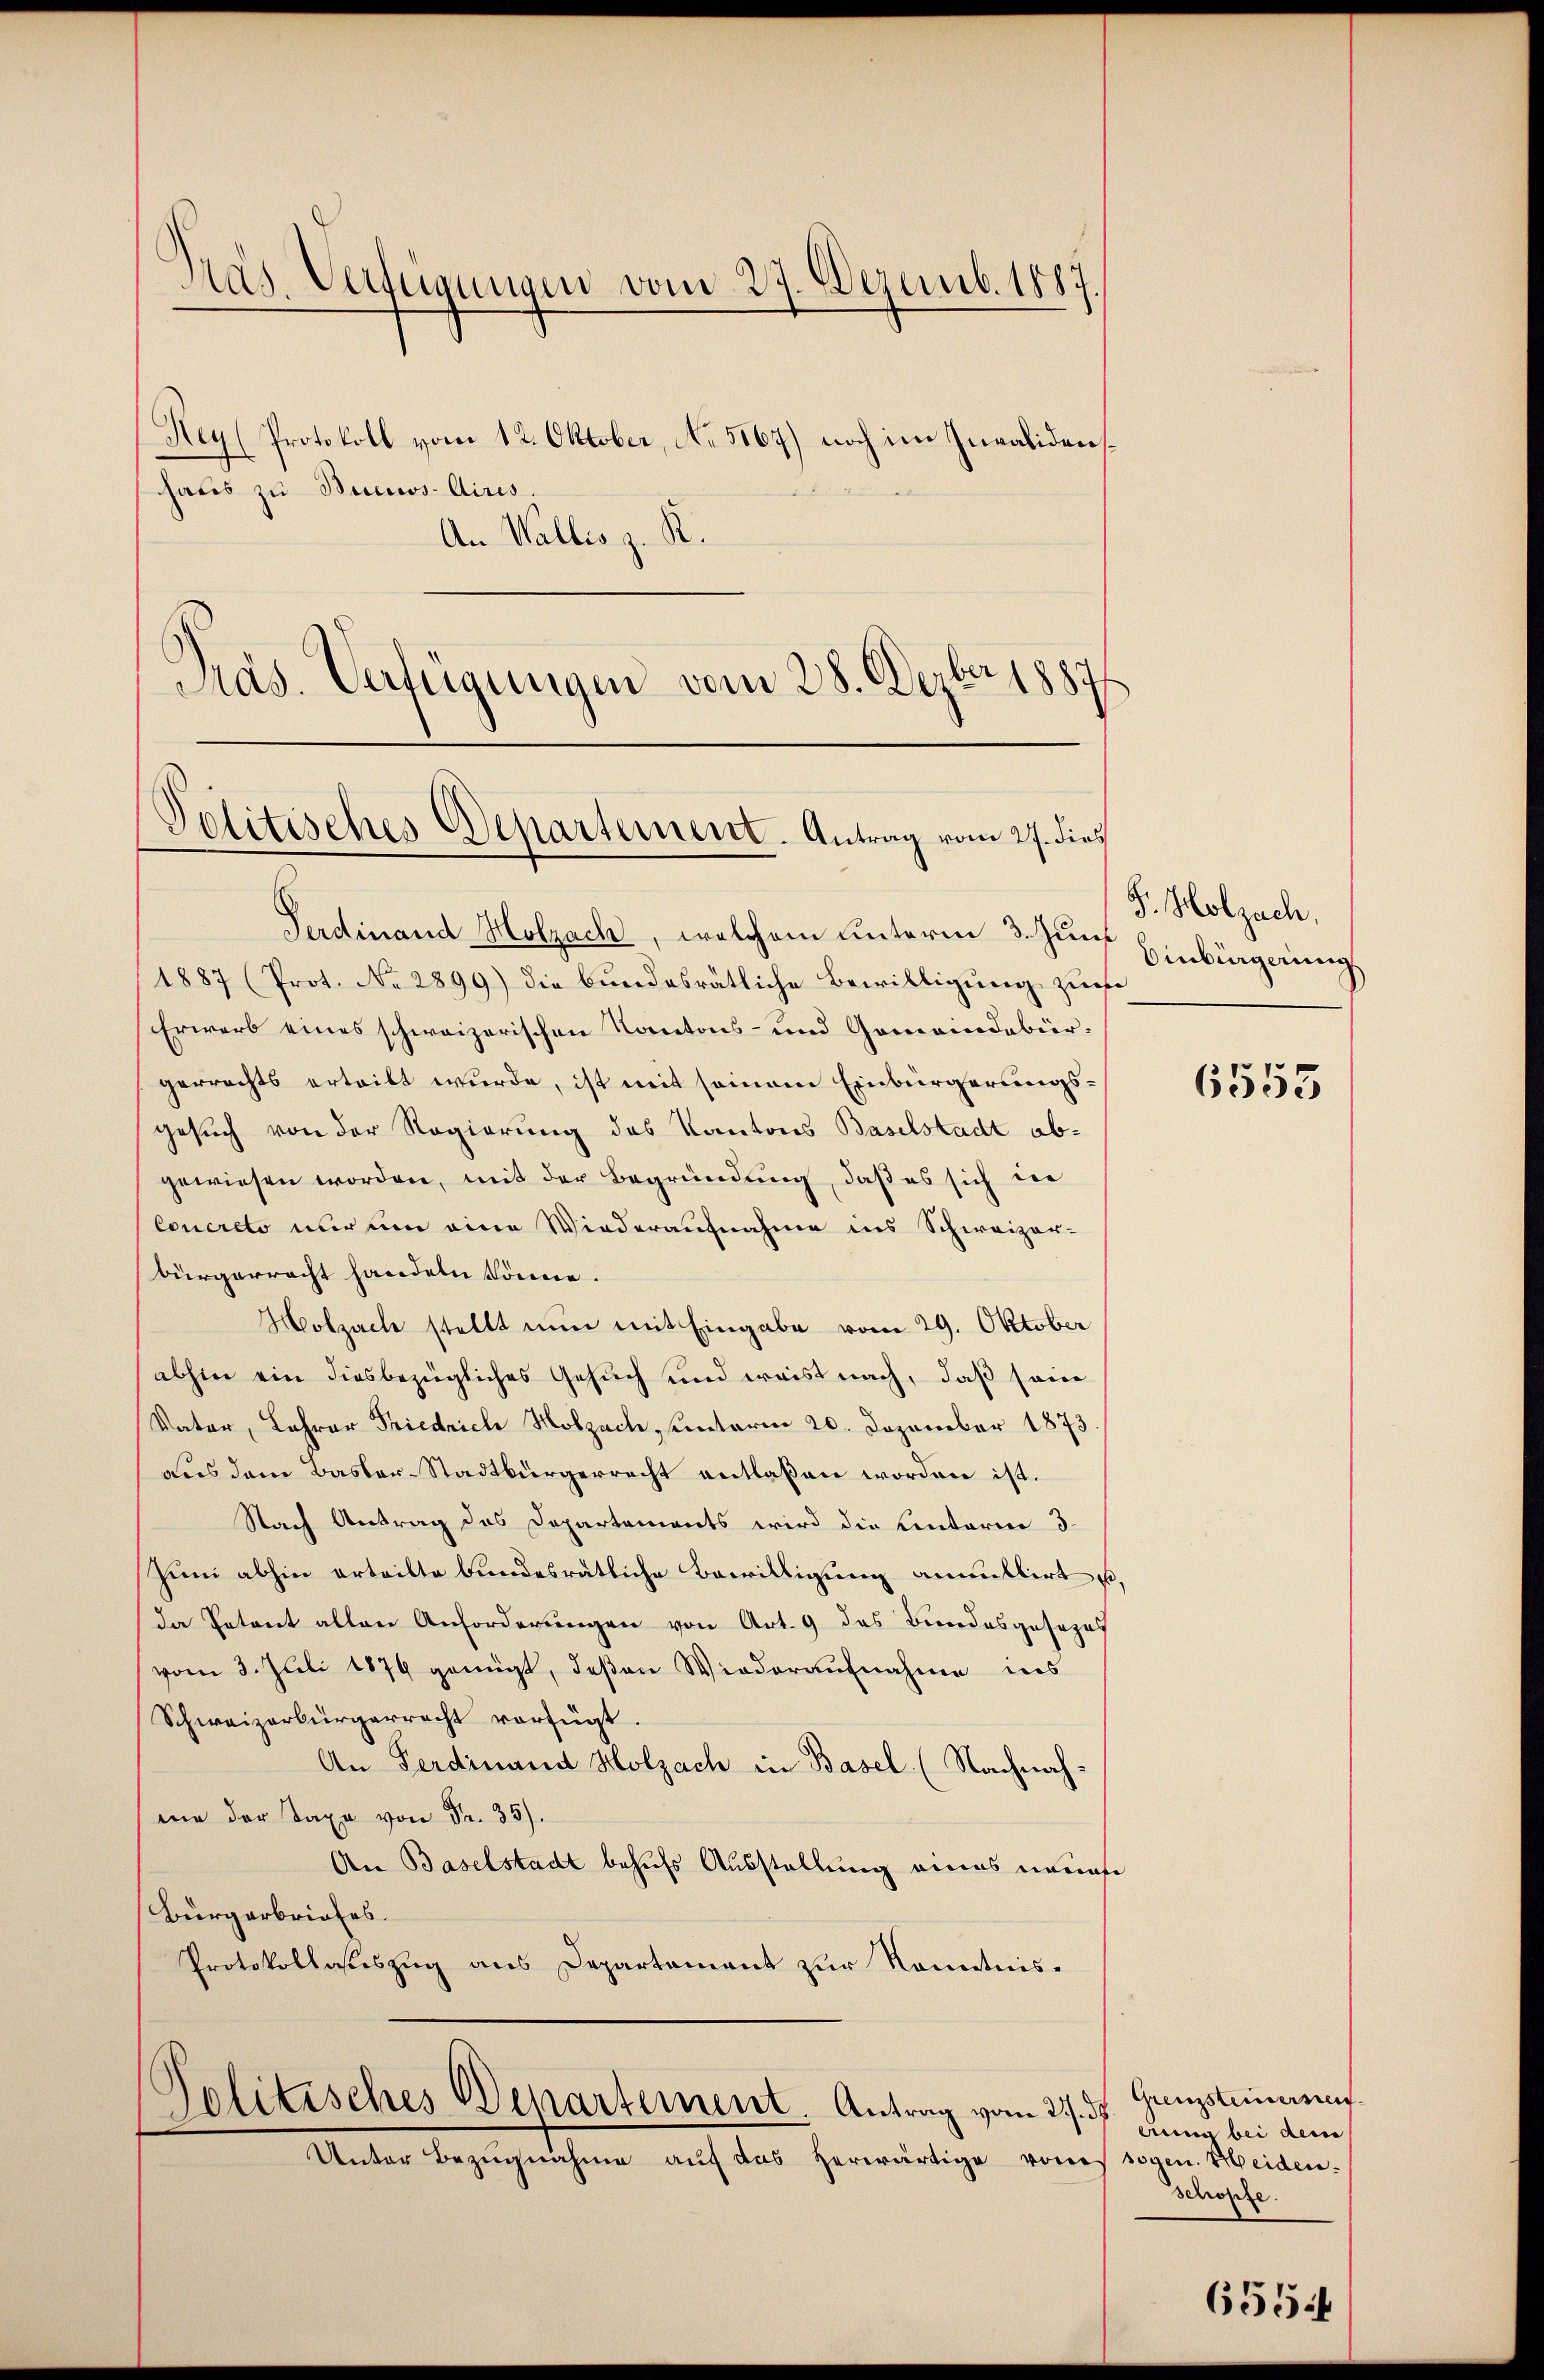
Dras Verfügungen vom 27. Dezemb. 1887.

Rey (Protokoll vom 12. Oktober, No. 5167) noch im Invalidenshaus zu Buenos-Aires.
An Wallis z. R.
Präs. Verfügungen vom 28. Dezbr 1887

Politisches Departement. Antrag vom 27. dies

olitisches Departement. Antrag vom 21. ds.
Unter Bezugnahme auf das herwärtige vons sogen. Heiden-

Ferdinand Holzach, welchem unterm 3. Juni
1887 (Prot. No 2899) die bundesrätliche Bewilligung zum
Erwarb eines schweizerischen Kantons- und Gemeindebürgerrechts erteilt wurde, ist mit seinem Einbürgerungsgesuch von der Regierung des Kantons Baselstadt abgewiesen worden, mit der Begründung, daß es sich in
Coucreto nur um eine Wiederaufnahme ins Schweizer-
bürgerracht handeln könne.
Molzach stellt nun mit Eingabe vom 29. Oktober
abhin ein diesbezügliches Gesuch und weist nach, daß sein
Vater, Lehrer Friedrich Holzach, unterm 20. Dezember 1873
aus dem Basler-Stadtbürgerrecht entlaßen worden ist.
Nach Antrag das Departements wird die Unterie 3
Zum abhin erteilte bundesrätliche Bewilligung anmittirt u,
da Petent allen Anforderungen von Art. 9 das Bundesgesezes
vom 3. Juli 1879 genügt, deßen Wiederaufnahme ins
Schweizerbürgerrecht vorfügt.
An Ferdinand Holzach in Basel (Nachnahme der Taxe von Fr. 35).
An Baselstadt behufs Ausstellung eines neues
Bürgerbriefes.
Protokollasteszug aus Departement zur Konntnis¬

S. Holzach,
inbürgerung

6553

Grenzsteinerseit
Anna bei dem
schöpfe.

6554